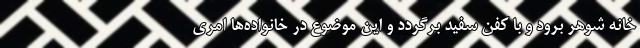
خانه شوهر برود و با کفن سفید برگردد و این موضوع در خانواده‌ها امری